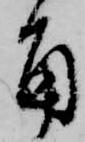
角